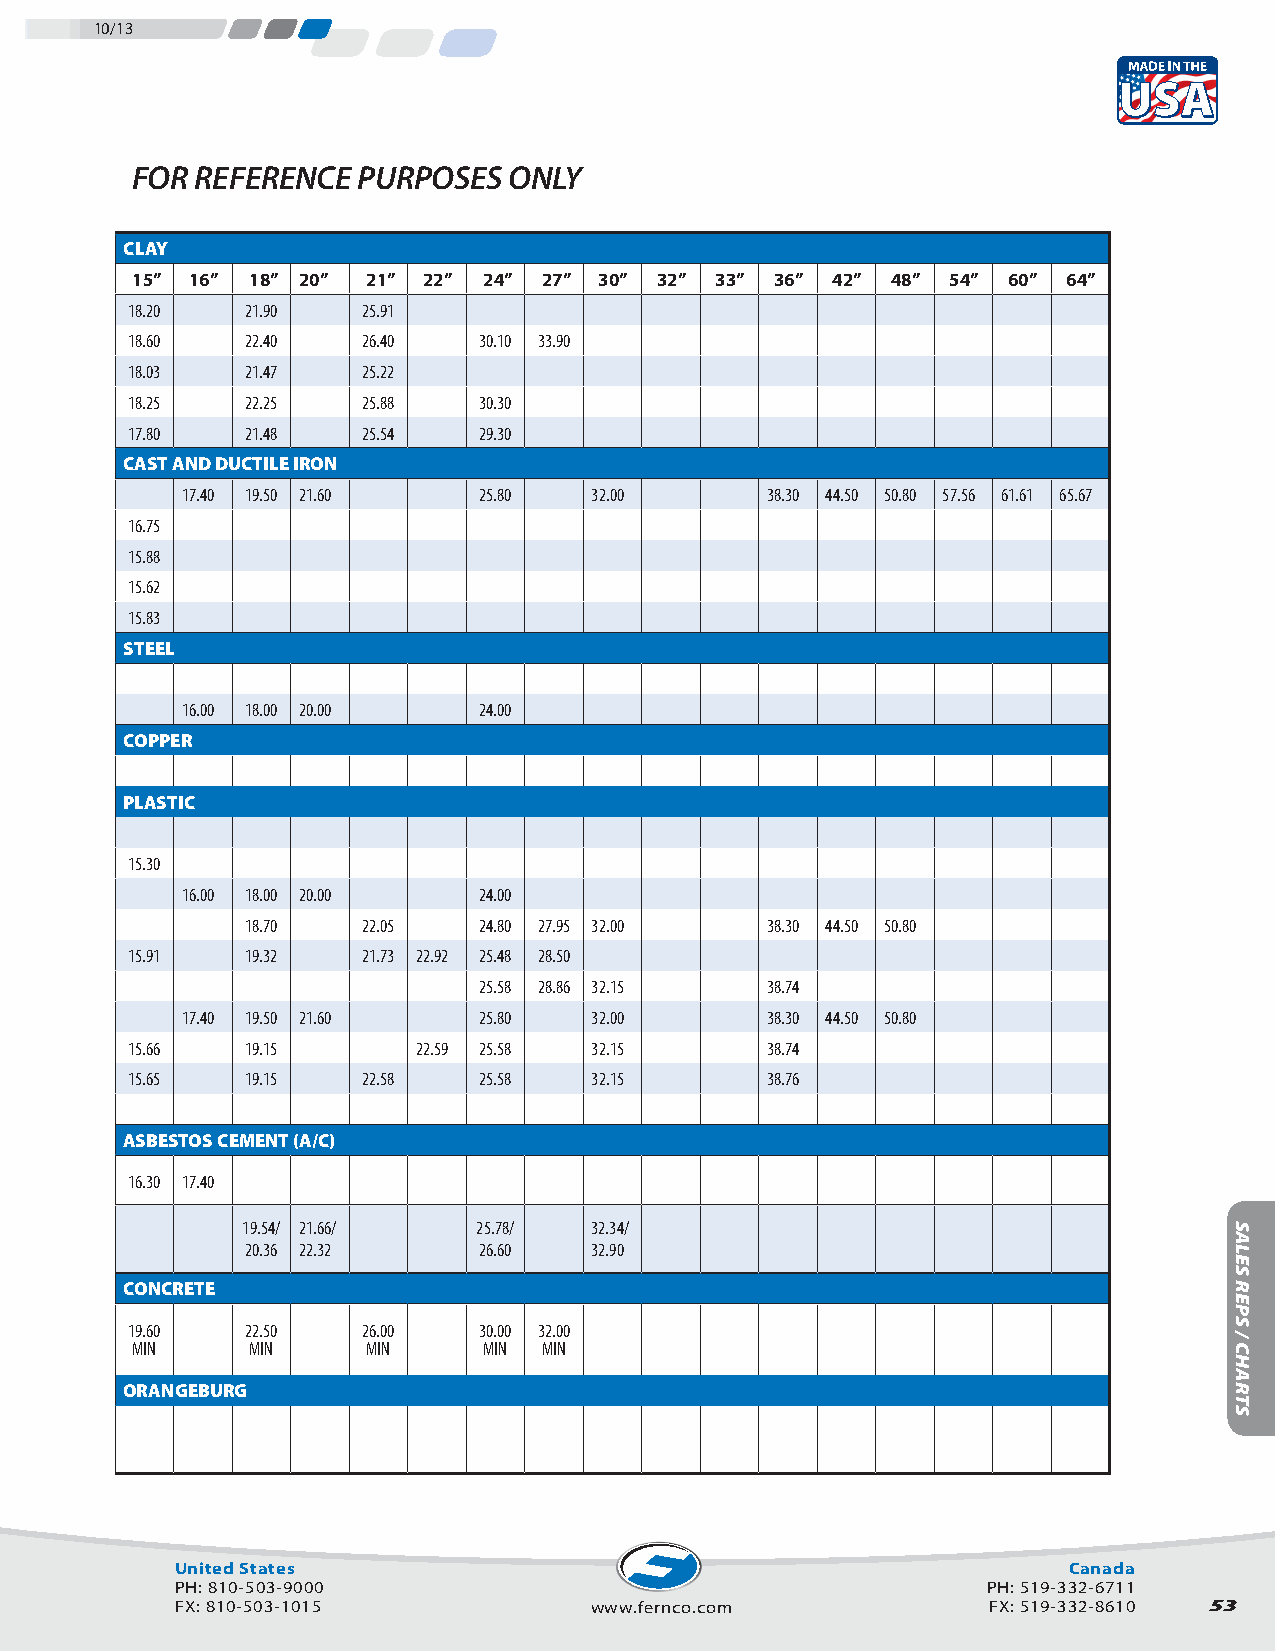
10/13
 FOR REFERENCE  PURPOSES  ONLY
 CLAY
 15” 16” 18” 20” 21” 22” 24” 27” 30” 32” 33” 36” 42” 48” 54” 60” 64”
 18.20   21.90   25.91
 18.60   22.40   26.40   30.10 33.90
 18.03   21.47   25.22
 18.25   22.25   25.88   30.30
 17.80   21.48   25.54   29.30
 CAST AND DUCTILE IRON
 17.40 19.50 21.60   25.80  32.00       38.30 44.50 50.80 57.56 61.61 65.67
 16.75
 15.88
 15.62
 15.83
 STEEL
 16.00 18.00 20.00   24.00
 COPPER
 PLASTIC
 15.30
 16.00 18.00 20.00   24.00
 18.70   22.05   24.80 27.95 32.00  38.30 44.50 50.80
 15.91   19.32   21.73 22.92 25.48 28.50
 25.58 28.86 32.15  38.74
 17.40 19.50 21.60   25.80  32.00       38.30 44.50 50.80
 15.66   19.15       22.59 25.58 32.15      38.74
 15.65   19.15   22.58   25.58  32.15       38.76
 ASBESTOS CEMENT (A/C)
 16.30 17.40
 19.54/ 21.66/   25.78/ 32.34/
 20.36 22.32     26.60  32.90
 CONCRETE
 19.60   22.50   26.00   30.00 32.00
 MIN     MIN    MIN     MIN MIN
 ORANGEBURG
 United States                                              Canada
 PH: 810-503-9000                                     PH: 519-332-6711
 FX: 810-503-1015           www.fernco.com            FX: 519-332-8610 53
 SALES
 REPS
 /
 CHARTS